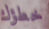
خطؤك